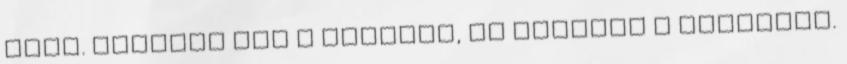
időt. Érintse meg a Bezárás, és hagyjuk a böngésző.